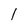
Character: 1